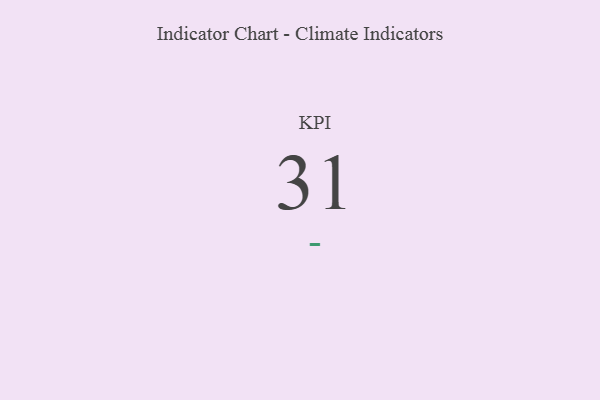
{"axis": {"x": "KPI", "y": "Value"}, "legend": [""], "data": [{"x": "KPI", "y": 31, "type": ""}]}